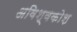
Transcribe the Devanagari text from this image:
अविश्वकोश